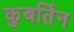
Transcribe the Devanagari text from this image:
कुबर्तिन